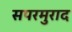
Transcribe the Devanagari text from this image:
सपरमुराद